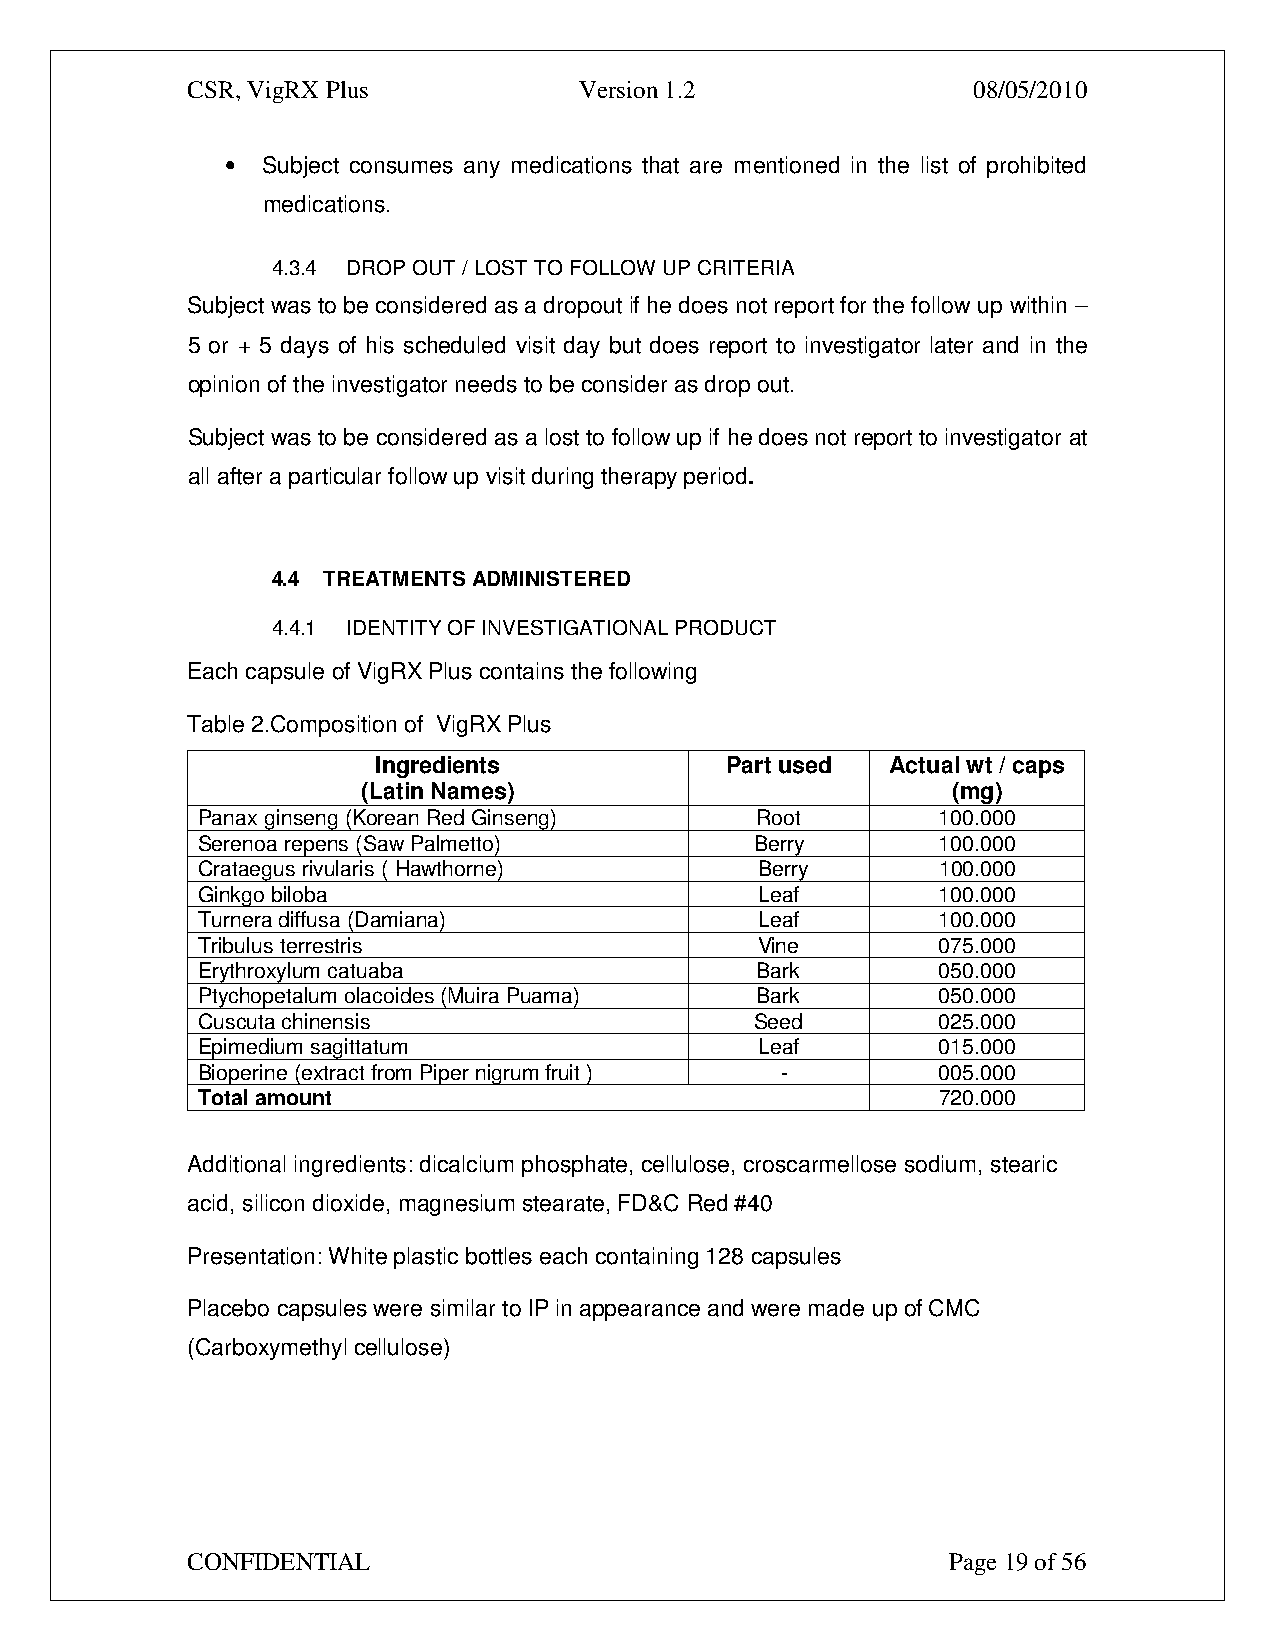
CSR, VigRX Plus           Version 1.2               08/05/2010
 • Subject consumes any medications that are mentioned in the list of prohibited
 medications.
 4.3.4 DROP OUT / LOST TO FOLLOW UP CRITERIA
 Subject was to be considered as a dropout if he does not report for the follow up within –
 5 or + 5 days of his scheduled visit day but does report to investigator later and in the
 opinion of the investigator needs to be consider as drop out.
 Subject was to be considered as a lost to follow up if he does not report to investigator at
 all after a particular follow up visit during therapy period.
 4.4 TREATMENTS ADMINISTERED
 4.4.1 IDENTITY OF INVESTIGATIONAL PRODUCT
 Each capsule of VigRX Plus contains the following
 Table 2.Composition of VigRX Plus
 Ingredients            Part used  Actual wt / caps
 (Latin Names)                          (mg)
 Panax ginseng (Korean Red Ginseng)   Root        100.000
 Serenoa repens (Saw Palmetto)        Berry       100.000
 Crataegus rivularis ( Hawthorne)     Berry       100.000
 Ginkgo biloba                        Leaf        100.000
 Turnera diffusa (Damiana)            Leaf        100.000
 Tribulus terrestris                  Vine        075.000
 Erythroxylum catuaba                 Bark        050.000
 Ptychopetalum olacoides (Muira Puama) Bark       050.000
 Cuscuta chinensis                    Seed        025.000
 Epimedium sagittatum                 Leaf        015.000
 Bioperine (extract from Piper nigrum fruit ) -   005.000
 Total amount                                     720.000
 Additional ingredients: dicalcium phosphate, cellulose, croscarmellose sodium, stearic
 acid, silicon dioxide, magnesium stearate, FD&C Red #40
 Presentation: White plastic bottles each containing 128 capsules
 Placebo capsules were similar to IP in appearance and were made up of CMC
 (Carboxymethyl cellulose)
 CONFIDENTIAL                                       Page 19 of 56